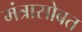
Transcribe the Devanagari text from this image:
मंत्रासोबत